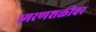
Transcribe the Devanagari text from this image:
स्मरणशक्तीवर